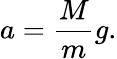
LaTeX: a={\frac{M}{m}}g.